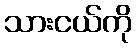
သားငယ်ကို